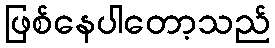
ဖြစ်နေပါတော့သည်